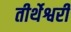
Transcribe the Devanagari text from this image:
तीर्थेश्वरी